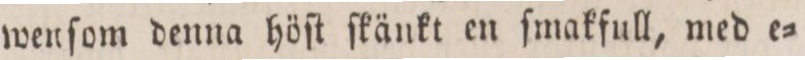
wenſom denna höſt ſkänkt en ſmakfull, med e=